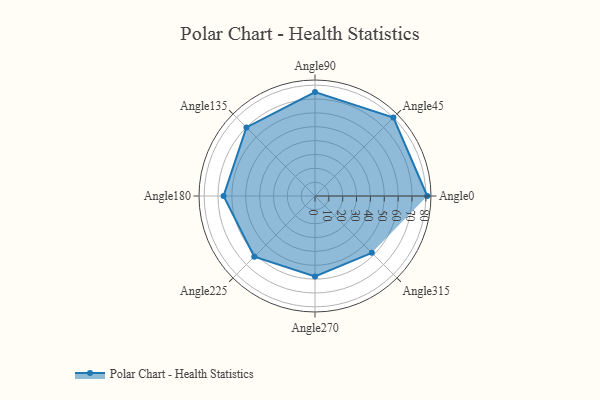
{"axis": {"x": "Angle", "y": "Radius"}, "legend": [""], "data": [{"x": "Angle0", "y": 81.0, "type": ""}, {"x": "Angle45", "y": 80.0, "type": ""}, {"x": "Angle90", "y": 75.0, "type": ""}, {"x": "Angle135", "y": 70.0, "type": ""}, {"x": "Angle180", "y": 66.0, "type": ""}, {"x": "Angle225", "y": 62.0, "type": ""}, {"x": "Angle270", "y": 58.0, "type": ""}, {"x": "Angle315", "y": 58.0, "type": ""}]}